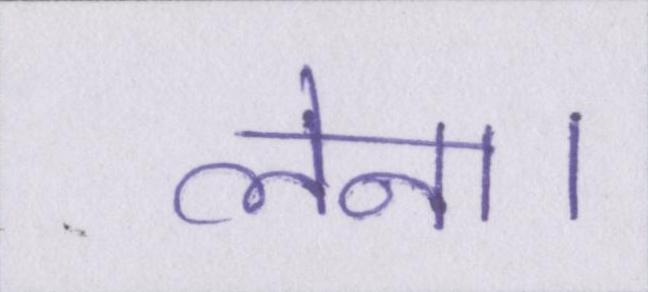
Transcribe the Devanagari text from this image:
लेना।